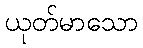
ယုတ်မာသော